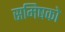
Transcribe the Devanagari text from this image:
समिषको